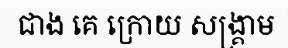
ជាង គេ ក្រោយ សង្គ្រាម